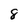
Character: 8